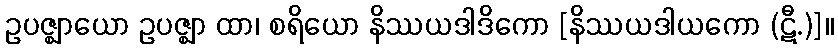
ဥပဇ္ဈာယော ဥပဇ္ဈာ ထာ၊ စရိယော နိဿယဒါဒိကော [နိဿယဒါယကော (ဋီ.)]။